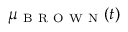
\mu _ { \mathrm { ~ B ~ R ~ O ~ W ~ N ~ } } ( t )